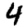
Digit: 4